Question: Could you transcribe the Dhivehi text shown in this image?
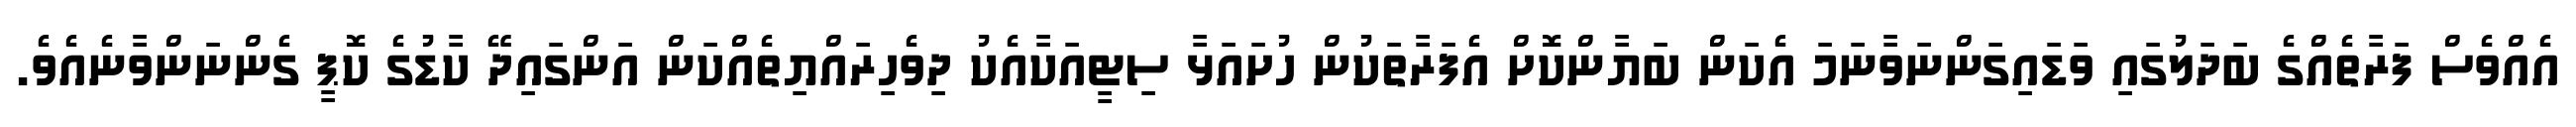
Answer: އެއްވެސް ފަރާތެއްގެ ބަދަލުގައި ވަޑައިގަންނަވާނަމަ އެކަން ބަޔާންކޮށް އެފަރާތަކުން ހުށައަޅާ ސިޓީއަކާއެކު ދިވެހިރައްޔިތެއްކަން އަންގައިދޭ ކާޑުގެ ކޮޕީ ގެންނަންވާނެއެވެ.